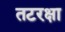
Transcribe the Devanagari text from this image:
तटरक्षा